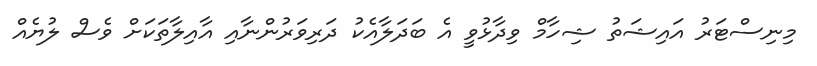
މިނިސްޓަރު އައިޝަތު ޝިހާމް ވިދާޅުވީ އެ ބަދަލާއެކު ދަރިވަރުންނާއި އާއިލާތަކަށް ވެސް ލުޔެއް